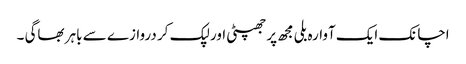
اچانک ایک آوارہ بلی مجھ پر جھپٹی اور لپک کر دروازے سے باہر بھاگی ۔